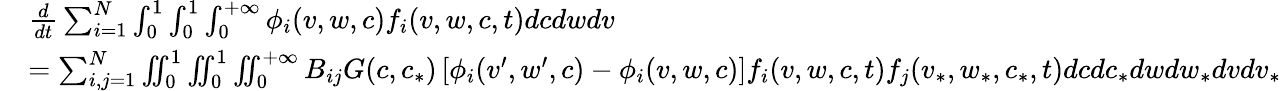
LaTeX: \begin{array}{rl}&{\frac{d}{dt}\sum_{i=1}^{N}\int_{0}^{1}\int_{0}^{1}\int_{0}^{+\infty}\phi_{i}(v,w,c)f_{i}(v,w,c,t)dcdwdv}\\ &{=\sum_{i,j=1}^{N}\iint_{0}^{1}\iint_{0}^{1}\iint_{0}^{+\infty}B_{ij}G(c,c_{*})\left[\phi_{i}(v^{\prime},w^{\prime},c)-\phi_{i}(v,w,c)\right]f_{i}(v,w,c,t)f_{j}(v_{*},w_{*},c_{*},t)dcdc_{*}dwdw_{*}dvdv_{*}}\end{array}